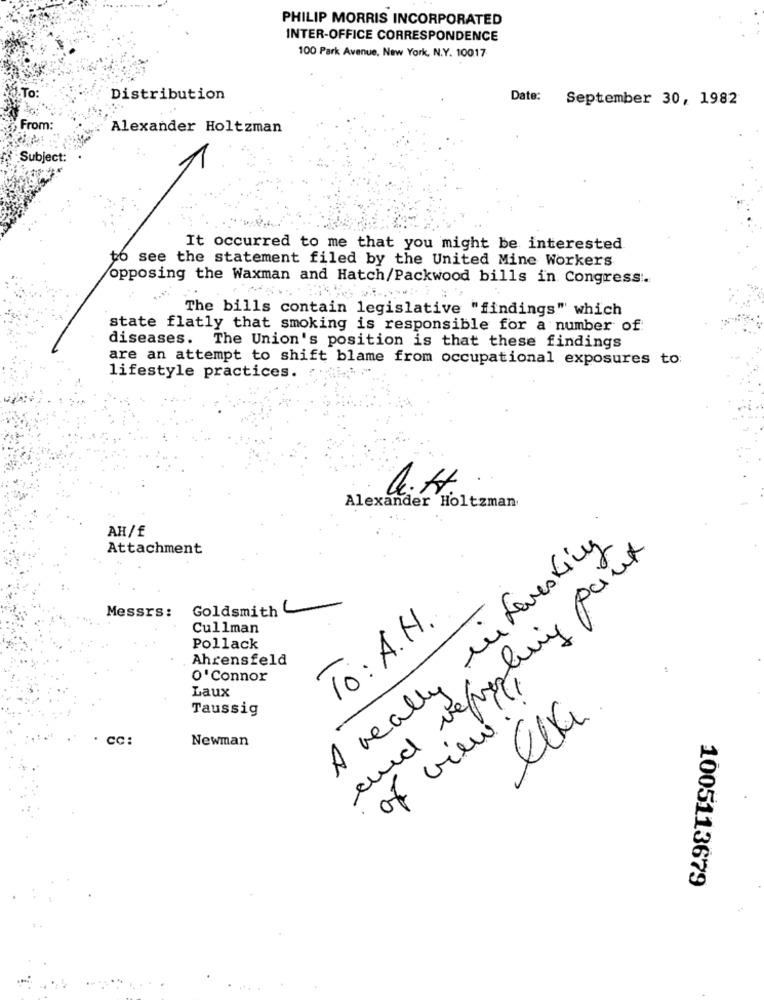
PHILIP MORRIS INCORPORATED
INTER-OFFICE CORRESPONDENCE
100 Park Avenue, New York, N.Y. 10017
TO:
Distribution
Date:
September 30, 1982
From:
Alexander Holtzman
Subject:
It occurred to me that you might be interested
to see the statement filed by the United Mine Workers
opposing the Waxman and Hatch/Packwood bills in Congress.
The bills contain legislative "findings" which
state flatly that smoking is responsible for a number of:
diseases. The Union's position is that these findings
are an attempt to shift blame from occupational exposures to:
lifestyle practices.
Alexander Holtzman
AH/£
A really interesting
Attachment
and reporting paint
Goldsmith
Messrs:
To: A.H.
Cullman
Pollack
Ahrensfeld
O'Connor
Laux
Taussig
of view!
. CC:
Newman
1005113679